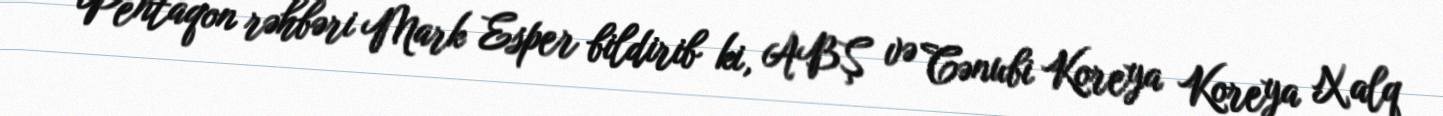
Pentaqon rəhbəri Mark Esper bildirib ki, ABŞ və Cənubi Koreya Koreya Xalq